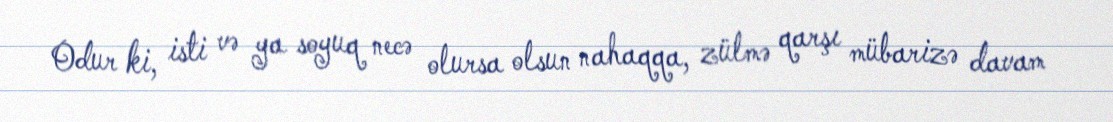
Odur ki, isti və ya soyuq necə olursa olsun nahaqqa, zülmə qarşı mübarizə davam